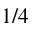
1 / 4